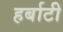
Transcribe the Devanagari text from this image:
हर्बाटी